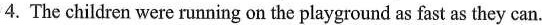
4. The children were running on the playground as fast as they can.